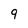
Character: 9